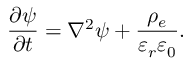
\frac { \partial \psi } { \partial t } = \nabla ^ { 2 } \psi + \frac { \rho _ { e } } { \varepsilon _ { r } \varepsilon _ { 0 } } .